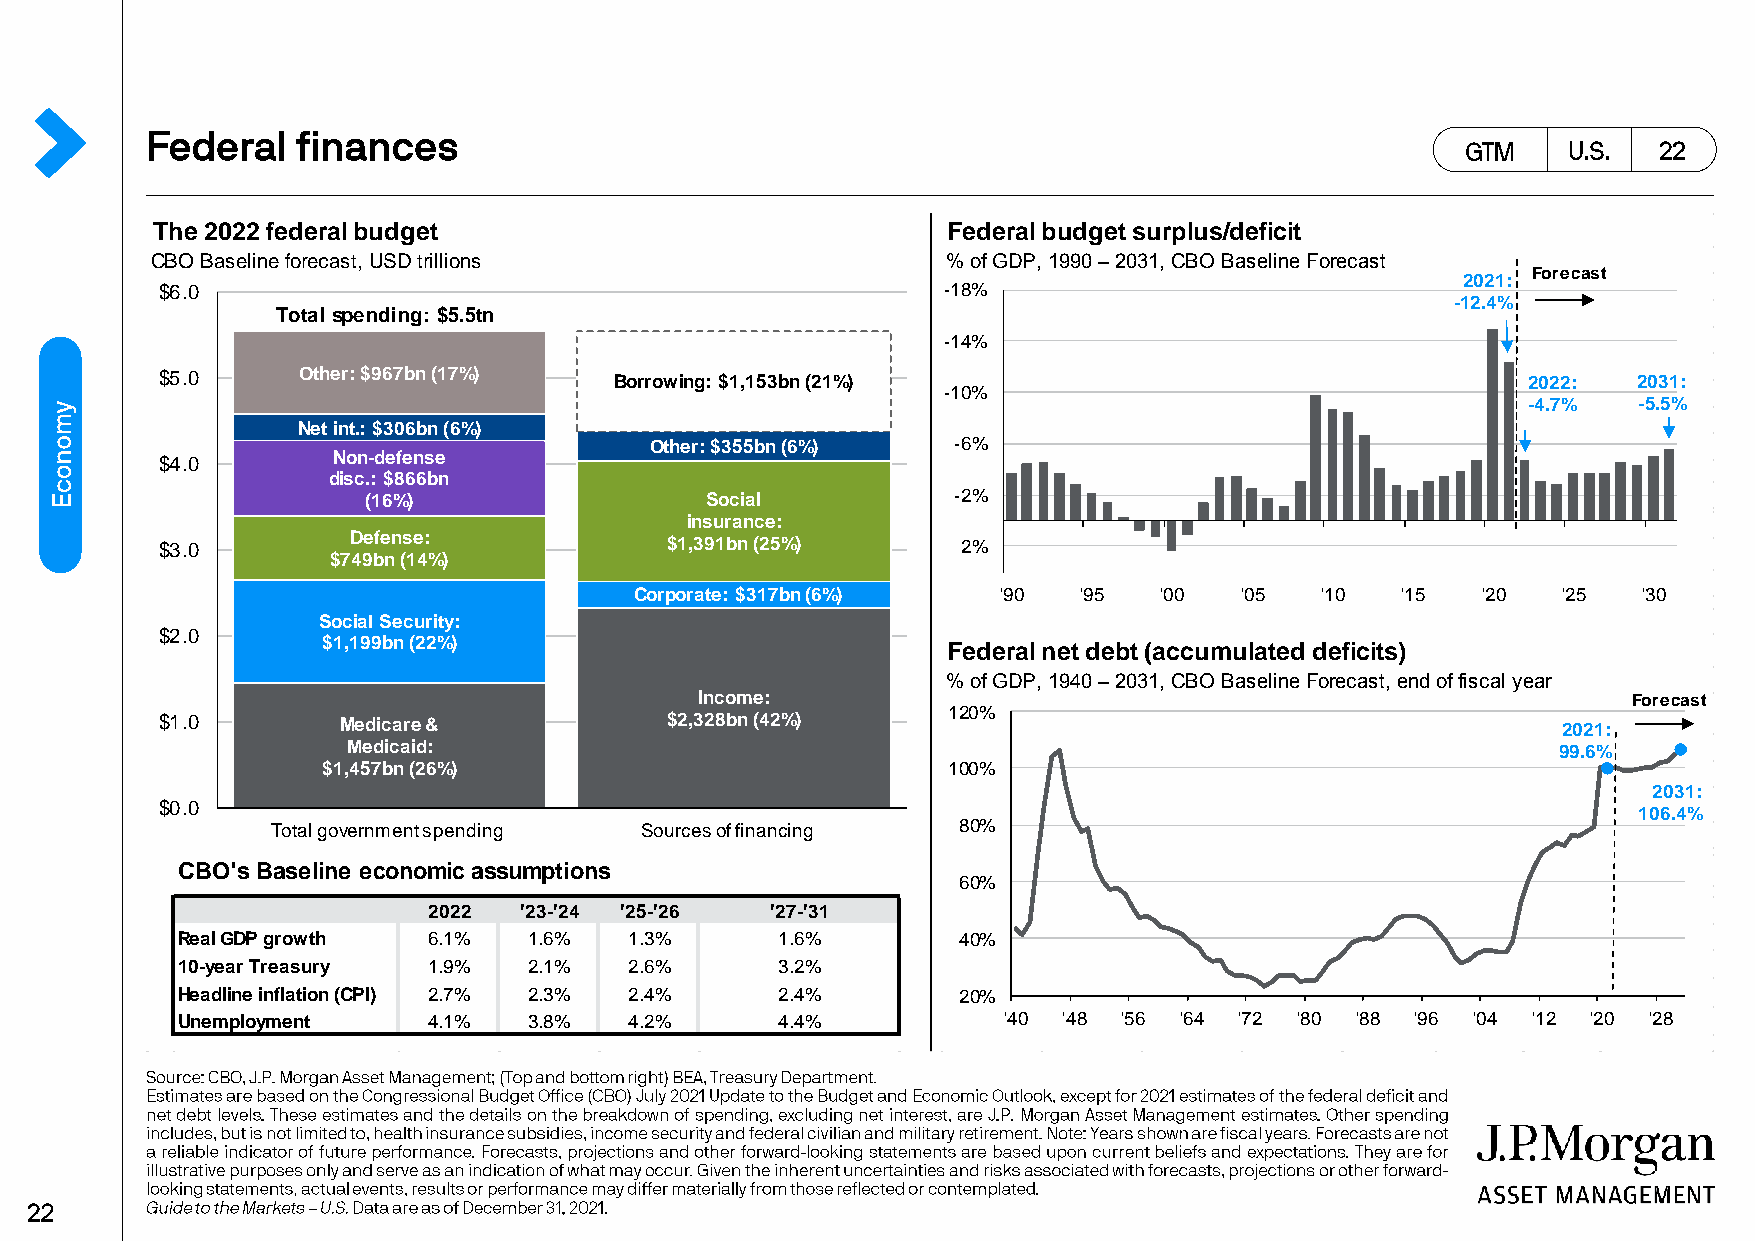
The 2022 federal budget                              Federal budget surplus/deficit
 CBO Baseline forecast, USD trillions                 % of GDP, 1990 – 2031, CBO Baseline Forecast
 Forecast
 2021:
 $6.0                                                -18%
 -12.4%
 Total spending: $5.5tn
 -14%
 $5.0      Other: $967bn (17%)  Borrowing: $1,153bn (21%)                                   2022:  2031:
 -10%
 -4.7%  -5.5%
 Net int.: $306bn (6%)
 Other: $355bn (6%)  -6%
 Non-defense
 $4.0
 disc.: $866bn
 (16%)                  Social          -2%
 insurance:
 Defense:
 $3.0                              $1,391bn (25%)      2%
 $749bn (14%)
 Corporate: $317bn (6%)  '90  '95   '00  '05  '10   '15  '20  '25   '30
 Social Security:
 $2.0
 $1,199bn (22%)                            Federal net debt (accumulated deficits)
 % of GDP, 1940 – 2031, CBO Baseline Forecast, end of fiscal year
 Income:                                                       Forecast
 120%
 $1.0        Medicare &            $2,328bn (42%)                                             2021:
 Medicaid:                                                                       99.6%
 $1,457bn (26%)                            100%
 Total government spending Sourcesof financing
 2031:
 $0.0
 106.4%
 Total government spending Sourcesof financing 80%
 CBO's Baseline economic assumptions
 60%
 2022  '23-'24 '25-'26  '27-'31
 Real GDP growth 6.1%   1.6%   1.3%     1.6%        40%
 10-year Treasury 1.9%  2.1%   2.6%     3.2%
 Headline inflation (CPI) 2.7% 2.3% 2.4% 2.4%       20%
 Unemployment    4.1%   3.8%   4.2%     4.4%           '40 '48 '56 '64 '72 '80 '88 '96 '04 '12 '20 '28